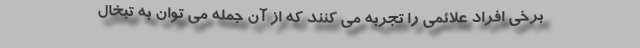
برخی افراد علائمی را تجربه می کنند که از آن جمله می توان به تبخال